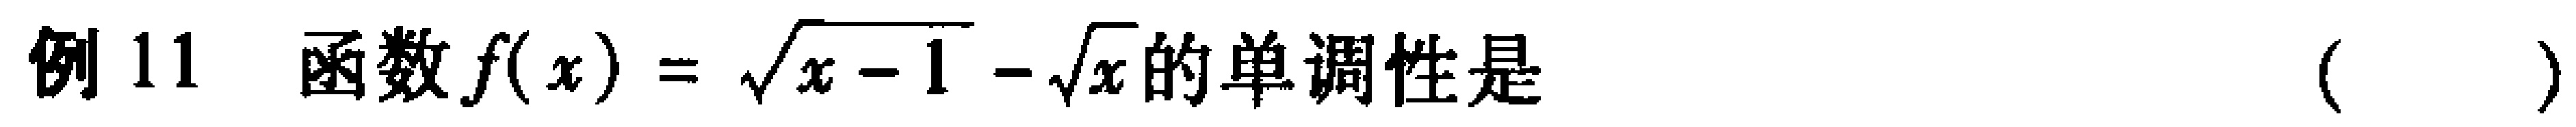
例 11 函数\(f(x)=\sqrt{x - 1}-\sqrt{x}\)的单调性是  (  )